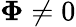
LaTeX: \boldsymbol\Phi\ne 0